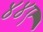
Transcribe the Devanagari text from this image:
४४ए